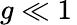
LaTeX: g\ll 1\,